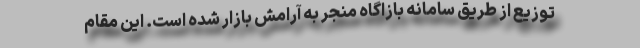
توزیع از طریق سامانه بازاگاه منجر به آرامش بازار شده است. این مقام